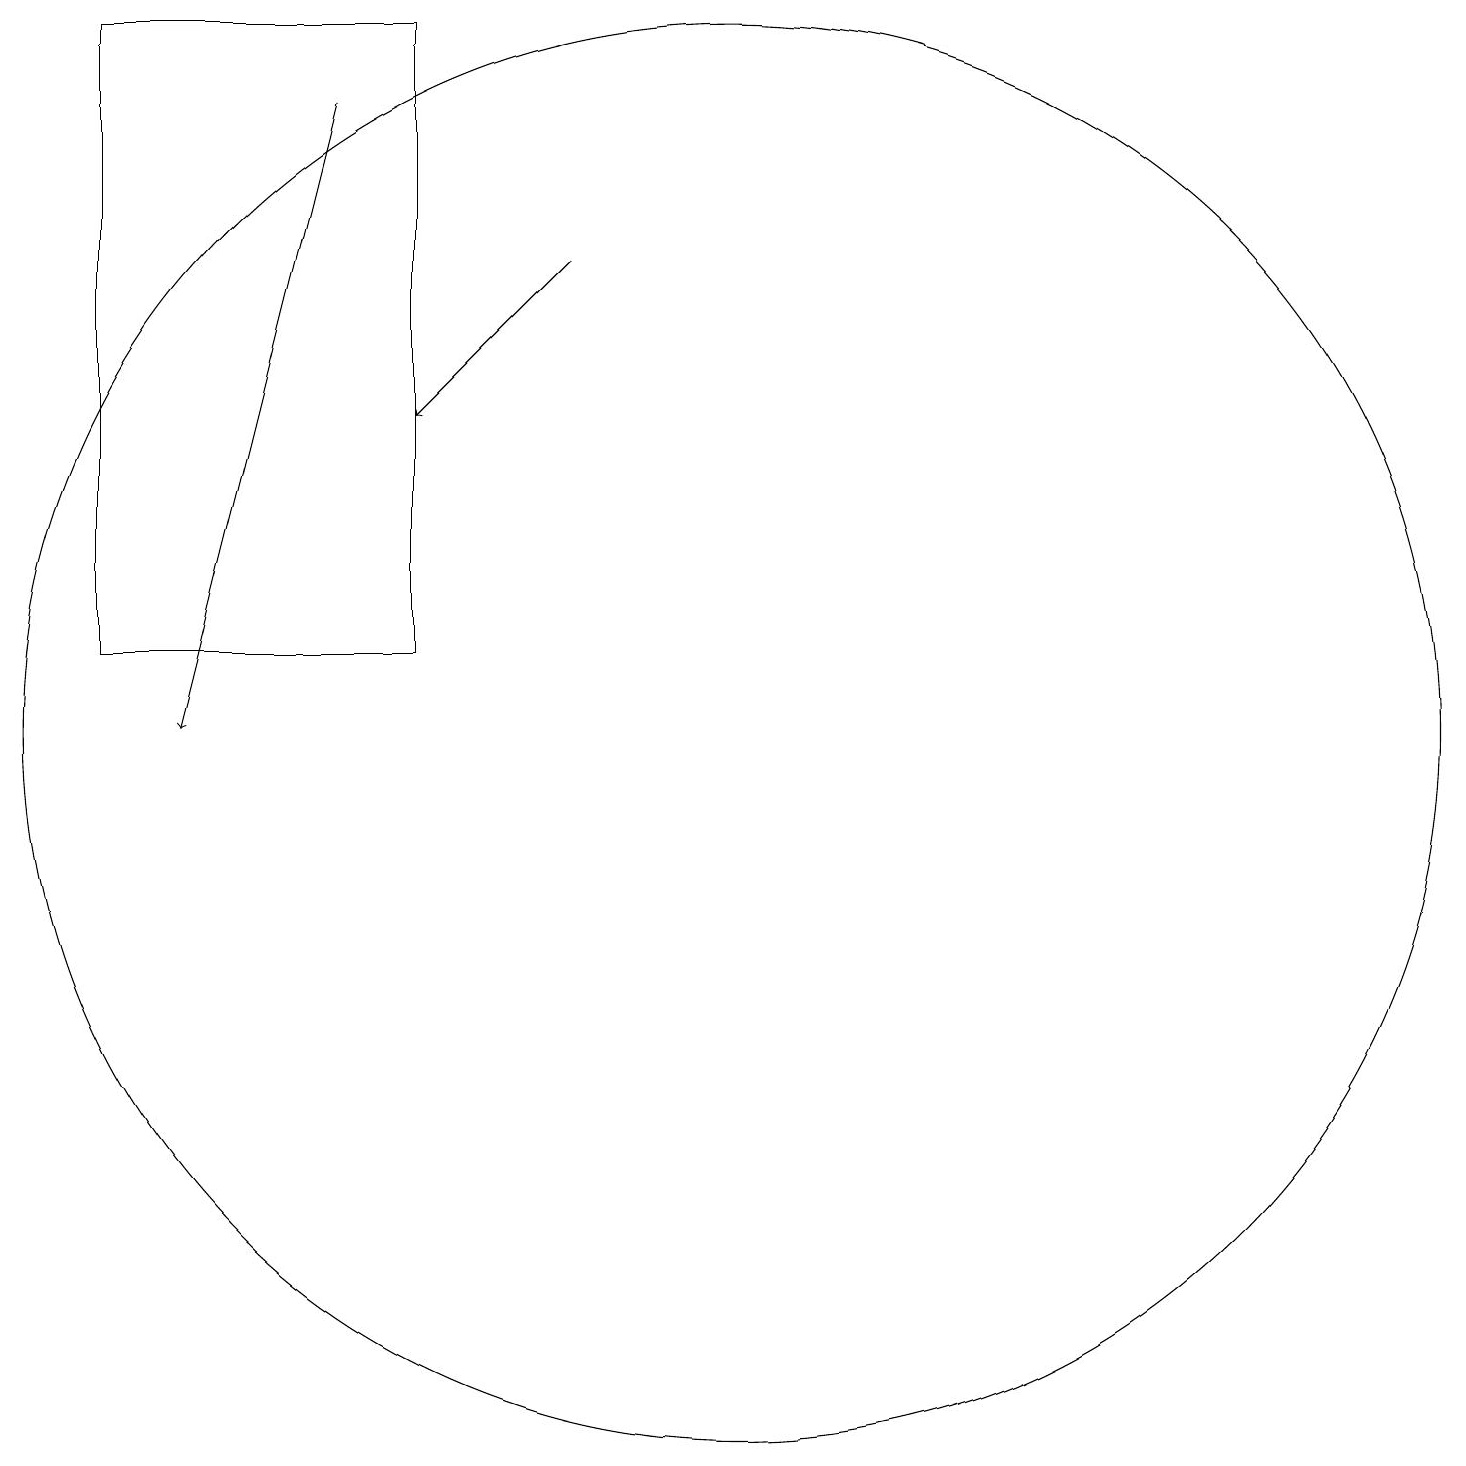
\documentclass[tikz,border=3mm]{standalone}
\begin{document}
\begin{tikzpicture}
\draw (2,19) rectangle (6,11);
\draw[->] (8,16) -- (6,14);
\draw (10,10) circle (9);
\draw[->] (5,18) -- (3,10);
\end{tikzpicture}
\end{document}